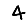
Digit: 4